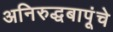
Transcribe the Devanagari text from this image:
अनिरुद्धबापूंचे